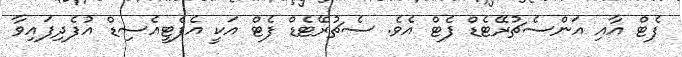
ފެޓް އާއި އަންސެޗުރޭޓެޑް ފެޓް އެވެ. ސެޗުރޭޓެޑް ފެޓް އަކީ އެފެޓީއެސިޑް އުފެދިފައިވާ